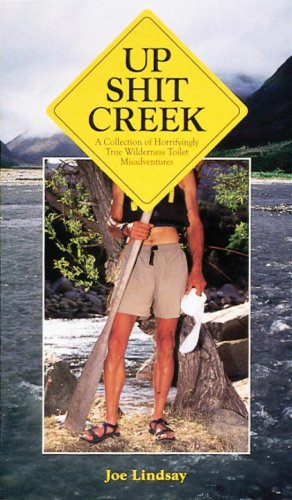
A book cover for Up Shit Creek: A Collection of Horrifyingly True Wilderness Toilet Misadventures; Joe Lindsay; Sports & Outdoors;